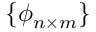
\{ \phi _ { n \times m } \}